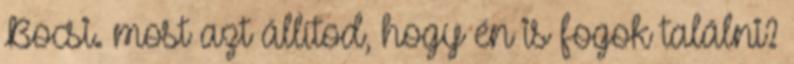
Bocsi. most azt állítod, hogy én is fogok találni?